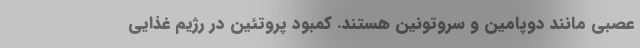
عصبی مانند دوپامین و سروتونین هستند. کمبود پروتئین در رژیم غذایی